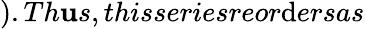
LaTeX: ).Th\mathbf{u}s,thisseriesreor\mathrm{d}ersas